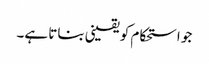
جو استحکام کو یقینی بناتا ہے۔